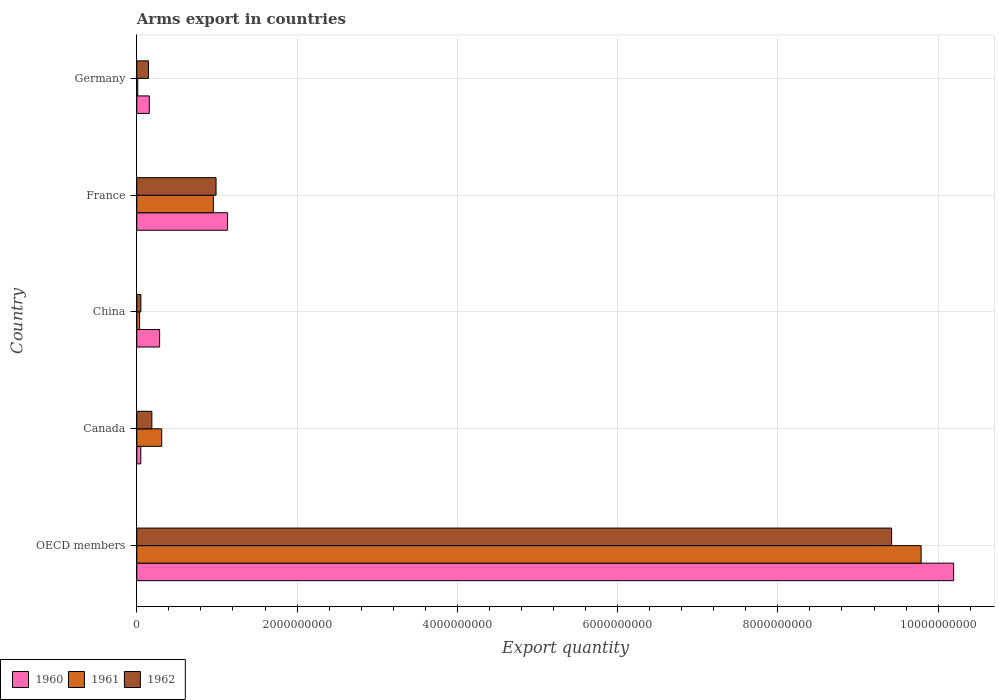
| Country | 1960 | 1961 | 1962 |
 | --- | --- | --- | --- |
 | OECD members | 1.02e+10 | 9.79e+09 | 9.42e+09 |
 | Canada | 5e+07 | 3.11e+08 | 1.88e+08 |
 | China | 2.85e+08 | 3.5e+07 | 5.1e+07 |
 | France | 1.13e+09 | 9.56e+08 | 9.89e+08 |
 | Germany | 1.56e+08 | 1.2e+07 | 1.46e+08 |